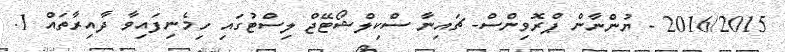
2016/2015 - ޔުންނާން ޕްރޮވިންސް- ޗައިނާ ސްކިލްޝޯޓޭޖް ލިސްޓުގައި ހިމެނިފައިވާ ދާއިރާތައް 1.